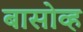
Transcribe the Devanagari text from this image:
बासोव्ह